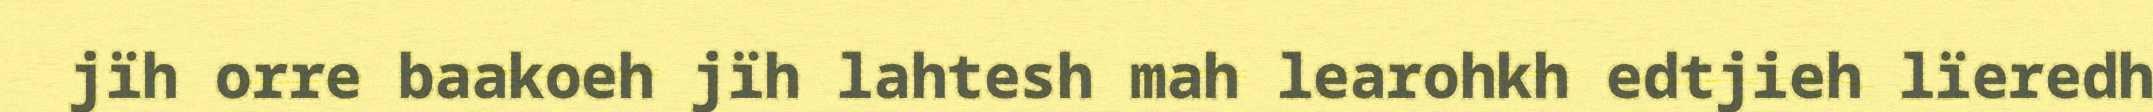
jïh orre baakoeh jïh lahtesh mah learohkh edtjieh lïeredh